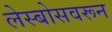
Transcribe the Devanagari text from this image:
लेस्बोसवरून